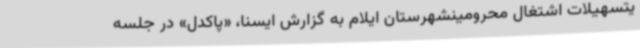
یتسهیلات اشتغال محرومینشهرستان ایلام به گزارش ایسنا، «پاکدل» در جلسه